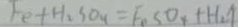
F e + H _ { 2 } S O _ { 4 } = F _ { 1 } S O _ { 4 } + H _ { 2 } \uparrow